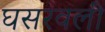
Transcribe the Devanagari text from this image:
घसरवली